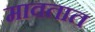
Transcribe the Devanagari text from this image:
मावतात